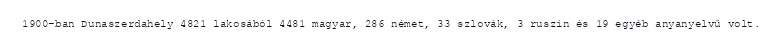
1900-ban Dunaszerdahely 4821 lakosából 4481 magyar, 286 német, 33 szlovák, 3 ruszin és 19 egyéb anyanyelvű volt.